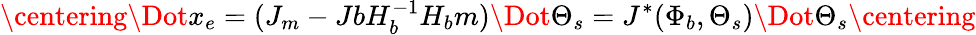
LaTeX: \centering\Dot{x_{e}}=(J_{m}-JbH_{b}^{-1}H_{b}m)\Dot{\Theta_{s}}=J^{*}(\Phi_{b},\Theta_{s})\Dot{\Theta_{s}}\centering